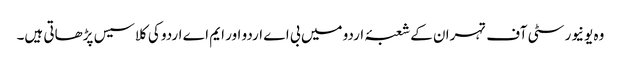
وہ یونیورسٹی آف تہران کے شعبۂ اردو میں بی اے اردو اور ایم اے اردو کی کلاسیس پڑھاتی ہیں۔